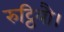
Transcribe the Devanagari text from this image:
रुट्ठियौ।